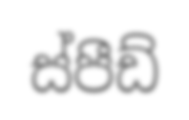
ස්පීඩ්